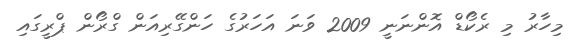
މިހާރު މި ރެކޯޑް އޮންނަނީ 2009 ވަނަ އަހަރުގެ ހަންގޭރިއަން ގްރޯން ޕްރީގައި